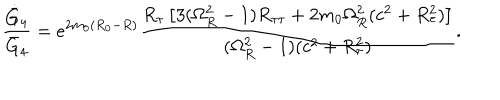
{ \frac { \dot { \bar { G } } _ { 4 } } { \bar { G } _ { 4 } } } = e ^ { 2 m _ { 0 } ( R _ { 0 } - R ) } { \frac { R _ { \tau } \left[ 3 ( \Omega _ { R } ^ { 2 } - 1 ) R _ { \tau \tau } + 2 m _ { 0 } \Omega _ { R } ^ { 2 } ( c ^ { 2 } + R _ { \tau } ^ { 2 } ) \right] } { ( \Omega _ { R } ^ { 2 } - 1 ) ( c ^ { 2 } + R _ { \tau } ^ { 2 } ) } } .